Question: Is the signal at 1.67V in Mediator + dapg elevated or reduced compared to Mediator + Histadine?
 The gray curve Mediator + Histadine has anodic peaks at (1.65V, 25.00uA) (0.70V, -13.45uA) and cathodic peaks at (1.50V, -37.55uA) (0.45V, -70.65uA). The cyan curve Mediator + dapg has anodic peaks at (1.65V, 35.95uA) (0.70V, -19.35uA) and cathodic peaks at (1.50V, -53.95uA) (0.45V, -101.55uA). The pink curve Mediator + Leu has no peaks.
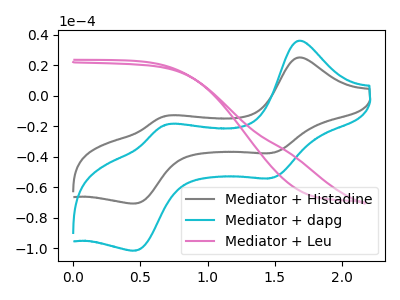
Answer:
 <answer>The peak at 1.67V is higher in "Mediator + dapg" than in "Mediator + Histadine".</answer>
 <eval>higher</eval>